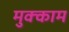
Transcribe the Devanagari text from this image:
मुक्‍काम